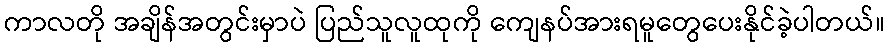
ကာလတို အချိန်အတွင်းမှာပဲ ပြည်သူလူထုကို ကျေနပ်အားရမူတွေပေးနိုင်ခဲ့ပါတယ်။